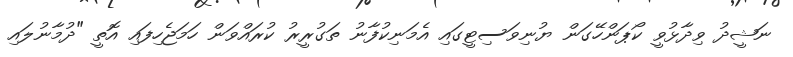
ނަޝީދު ވިދާޅުވީ ކޯޕަންހޭގަން ޔުނިވަސިޓީގައި އެމަނިކުފާނު ތަގުރީރު ކުރައްވަން ހަމަޖެހިފައި އޮތީ "ދުމާނުލައި